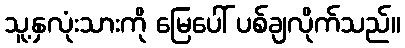
သူ့နှလုံးသားကို မြေပေါ် ပစ်ချလိုက်သည်။